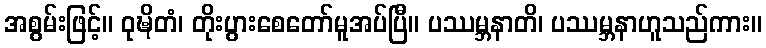
အစွမ်းဖြင့်။ ဝုဍ္ဎိတံ၊ တိုးပွားစေတော်မူအပ်ပြီ။ ပဿမ္ဘနာတိ၊ ပဿမ္ဘနာဟူသည်ကား။